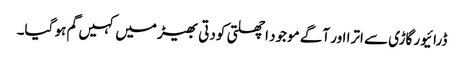
ڈرائیور گاڑی سے اترا اور آگے موجود اچھلتی کودتی بھیڑ میں کہیں گم ہو گیا۔